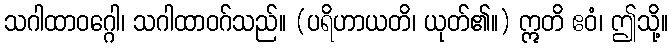
သဂါထာဝဂ္ဂေါ၊ သဂါထာဝဂ်သည်။ (ပရိဟာယတိ၊ ယုတ်၏။) ဣတိ ဧဝံ၊ ဤသို့။